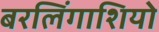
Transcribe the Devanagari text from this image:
बरलिंगाशियो